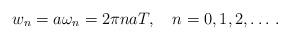
LaTeX: \begin{align*}w_n=a \omega_n = 2 \pi n a T, \quad n=0,1,2, \ldots \,{.}\end{align*}